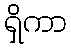
ရှိကာ